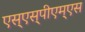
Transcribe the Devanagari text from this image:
एस्‌एस्‌पीएम्‌एस